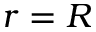
r = R